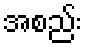
အစည်း